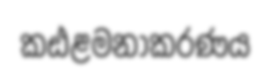
කඪළමනාකරණය